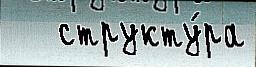
   структу́ра